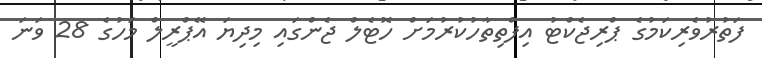
ފަތުރުވެރިކަމުގެ ޕްރިޖެކްޓު އިފްތިތާހުކުރުމަށް ހޮޓެލް ޖެންގައި މިދިޔަ އޭޕްރީލް މަހުގެ 28 ވަނަ